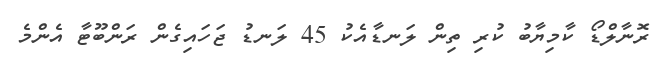
ރޮނާލްޑޯ ކާމިޔާބު ކުރި ތިން ލަނޑާއެކު 45 ލަނޑު ޖަހައިގެން ރަންބޫޓާ އެންމެ